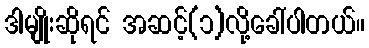
ဒါမျိုးဆိုရင် အဆင့်(၁)လို့ခေါ်ပါတယ်။